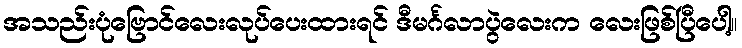
အသည်းပုံဗြောင်လေးလုပ်ပေးထားရင် ဒီမင်္ဂလာပွဲလေးက လေးဖြစ်ပြီပေါ့။